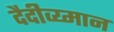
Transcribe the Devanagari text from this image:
दैदीव्य्मान